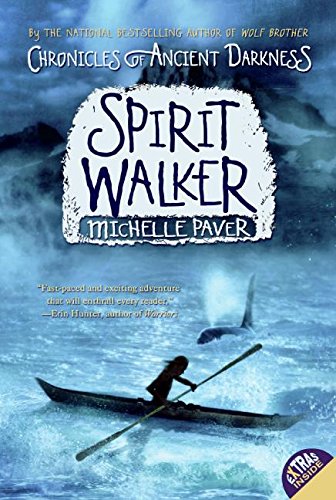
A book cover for Chronicles of Ancient Darkness #2: Spirit Walker; Michelle Paver; Children's Books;